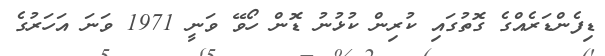
ޑިފެންޑަރެއްގެ ގޮތުގައި ކުރިން ކުޅުނު ޑޮން ހޯވޭ ވަނީ 1971 ވަނަ އަހަރުގެ